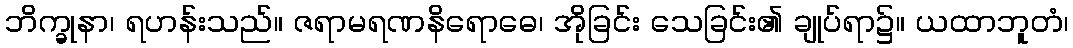
ဘိက္ခုနာ၊ ရဟန်းသည်။ ဇရာမရဏနိရောဓေ၊ အိုခြင်း သေခြင်း၏ ချုပ်ရာ၌။ ယထာဘူတံ၊